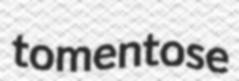
tomentose